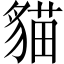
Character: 貓